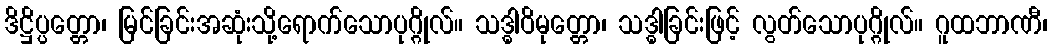
ဒိဋ္ဌိပ္ပတ္တော၊ မြင်ခြင်းအဆုံးသို့ရောက်သောပုဂ္ဂိုလ်။ သဒ္ဓါဝိမုတ္တော၊ သဒ္ဓါခြင်းဖြင့် လွတ်သောပုဂ္ဂိုလ်။ ဂူထဘာဏီ၊